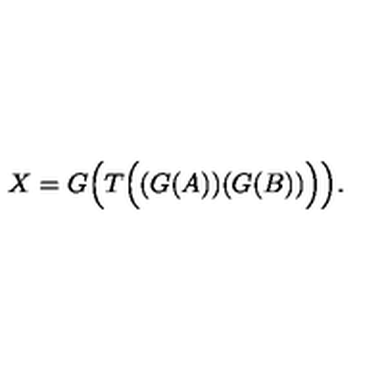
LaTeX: X = G \Big ( T \Big ( ( G ( A ) ) ( G ( B ) ) \Big ) \Big ) .